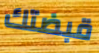
قبضتك